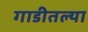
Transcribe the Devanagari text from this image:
गाडीतल्या